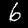
Label: 6